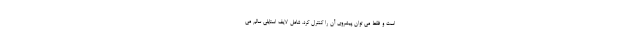
است و فقط می توان پیشروی آن را کنترل کرد. شامل لایف استایلی سالم می